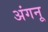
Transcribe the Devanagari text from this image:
अंगनू